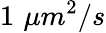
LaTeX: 1\, \, \mu m^{2}/s